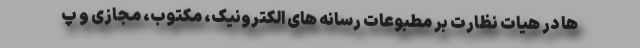
ها در هیات نظارت بر مطبوعات رسانه های الکترونیک، مکتوب، مجازی و پ